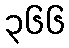
၃၆၆